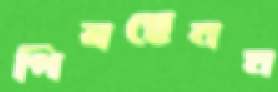
পিষছেনম